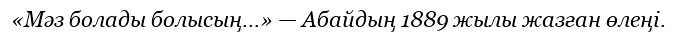
«Мәз болады болысың...» — Абайдың 1889 жылы жазған өлеңі.